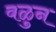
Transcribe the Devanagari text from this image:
वळुन